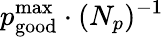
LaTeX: p_{\mathrm{good}}^{\mathrm{max}}\cdot(N_{p})^{-1}